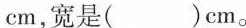
cm，宽是( )cm。